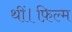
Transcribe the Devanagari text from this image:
थीं।फ़िल्म